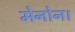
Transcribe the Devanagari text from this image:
मेनोन।